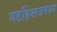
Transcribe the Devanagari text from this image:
गडहिंग्लजवरुन